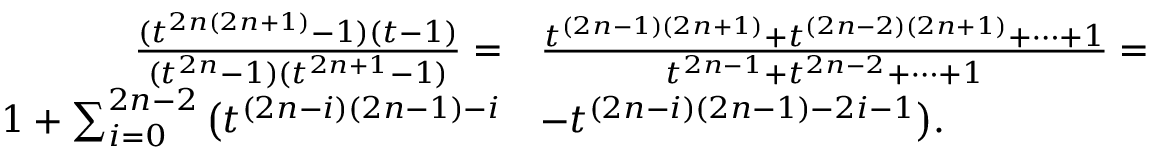
\begin{array} { r l } { \frac { ( t ^ { 2 n ( 2 n + 1 ) } - 1 ) ( t - 1 ) } { ( t ^ { 2 n } - 1 ) ( t ^ { 2 n + 1 } - 1 ) } = } & { \frac { t ^ { ( 2 n - 1 ) ( 2 n + 1 ) } + t ^ { ( 2 n - 2 ) ( 2 n + 1 ) } + \cdots + 1 } { t ^ { 2 n - 1 } + t ^ { 2 n - 2 } + \cdots + 1 } = } \\ { 1 + \sum _ { i = 0 } ^ { 2 n - 2 } \big ( t ^ { ( 2 n - i ) ( 2 n - 1 ) - i } } & { - t ^ { ( 2 n - i ) ( 2 n - 1 ) - 2 i - 1 } \big ) . } \end{array}